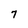
Character: 7